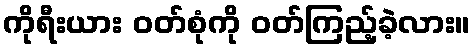
ကိုရီးယား ဝတ်စုံကို ဝတ်ကြည့်ခဲ့လား။